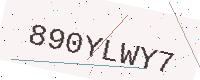
Text: 890YLWY7